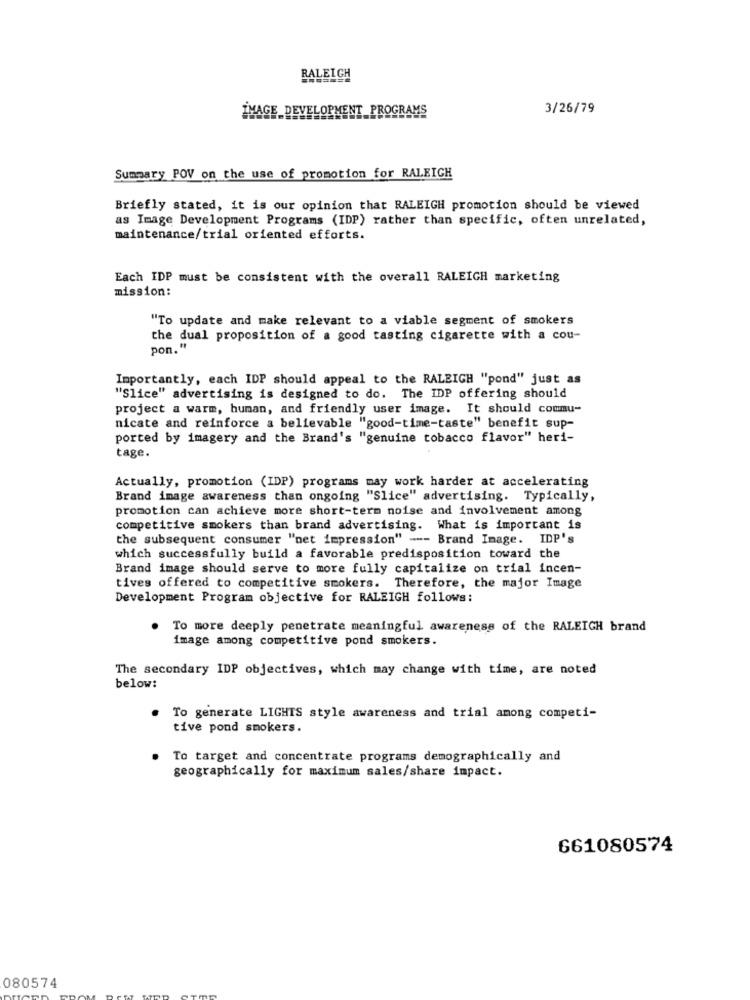
RALEIGH
IMAGE_DEVELOPMENT PROGRAMS
3/26/79
Summary POV on the use of promotion for RALEIGH
Briefly stated, it is our opinion that RALEIGH promotion should be viewed
as Image Development Programs (IDP) rather than specific, often unrelated,
maintenance/trial oriented efforts.
Each IDP must be consistent with the overall RALEIGH marketing
mission:
"To update and make relevant to a viable segment of smokers
the dual proposition of a good tasting cigarette with a cou-
pon."
Importantly, each IDP should appeal to the RALEIGH "pond" just as
"Slice" advertising is designed to do. The IDP offering should
project a warm, human, and friendly user image. It should commu-
nicate and reinforce a believable "good-time-taste" benefit sup-
ported by imagery and the Brand's "genuine tobacco flavor" heri-
tage.
Actually, promotion (IDP) programs may work harder at accelerating
Brand image awareness than ongoing "Slice" advertising. Typically,
promotion can achieve more short-term noise and involvement among
competitive smokers than brand advertising. What is important is
the subsequent consumer "net impression" --- Brand Image. IDP's
which successfully build a favorable predisposition toward the
Brand image should serve to more fully capitalize on trial incen-
tives offered to competitive smokers. Therefore, the major Image
Development Program objective for RALEIGH follows:
To more deeply penetrate meaningful awareness of the RALEIGH brand
image among competitive pond smokers.
The secondary IDP objectives, which may change with time, are noted
below:
. To generate LIGHTS style awareness and trial among competi-
tive pond smokers.
To target and concentrate programs demographically and
geographically for maximum sales/share impact.
661080574
080574